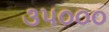
૩૫૦૦૦